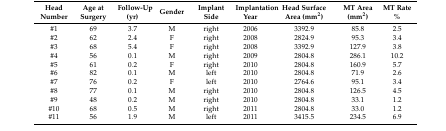
<table><thead><tr><td><b>Head Number</b></td><td><b>Age at Surgery</b></td><td><b>Follow-Up (yr)</b></td><td><b>Gender</b></td><td><b>Implant Side</b></td><td><b>Implantation Year</b></td><td><b>Head Surface Area (mm<sup>2</sup>)</b></td><td><b>MT Area (mm<sup>2</sup>)</b></td><td><b>MT Rate %</b></td></tr></thead><tbody><tr><td>#1</td><td>69</td><td>3.7</td><td>M</td><td>right</td><td>2006</td><td>3392.9</td><td>85.8</td><td>2.5</td></tr><tr><td>#2</td><td>62</td><td>2.4</td><td>F</td><td>right</td><td>2008</td><td>2824.9</td><td>95.3</td><td>3.4</td></tr><tr><td>#3</td><td>68</td><td>5.4</td><td>F</td><td>right</td><td>2008</td><td>3392.9</td><td>127.9</td><td>3.8</td></tr><tr><td>#4</td><td>56</td><td>0.1</td><td>M</td><td>right</td><td>2009</td><td>2804.8</td><td>286.1</td><td>10.2</td></tr><tr><td>#5</td><td>61</td><td>0.2</td><td>F</td><td>right</td><td>2010</td><td>2804.8</td><td>160.9</td><td>5.7</td></tr><tr><td>#6</td><td>82</td><td>0.1</td><td>M</td><td>left</td><td>2010</td><td>2804.8</td><td>71.9</td><td>2.6</td></tr><tr><td>#7</td><td>76</td><td>0.2</td><td>F</td><td>left</td><td>2010</td><td>2764.6</td><td>95.1</td><td>3.4</td></tr><tr><td>#8</td><td>77</td><td>0.1</td><td>M</td><td>right</td><td>2010</td><td>2804.8</td><td>126.5</td><td>4.5</td></tr><tr><td>#9</td><td>48</td><td>0.2</td><td>M</td><td>right</td><td>2010</td><td>2804.8</td><td>33.1</td><td>1.2</td></tr><tr><td>#10</td><td>68</td><td>0.5</td><td>M</td><td>right</td><td>2011</td><td>2804.8</td><td>33.0</td><td>1.2</td></tr><tr><td>#11</td><td>56</td><td>1.9</td><td>M</td><td>left</td><td>2011</td><td>3415.5</td><td>234.5</td><td>6.9</td></tr></tbody></table>